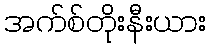
အက်စ်တိုးနီးယား